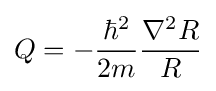
Q=-{\frac {\hbar ^{2}}{2m}}{\frac {\nabla ^{2}R}{R}}